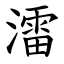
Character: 㵢